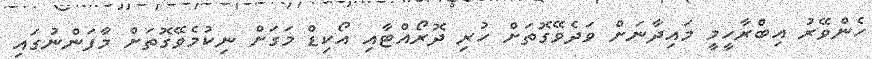
ހެންވޭރު އިބްރާހީމީ މައިދާނަށް ވަދެވޭގޮތަށް ހުރި ދޮރޯއްޓާއި އޯކިޑް މަގަށް ނިކުމެވޭގޮތަށް މާފަންނުގައި